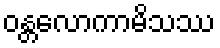
ဝန္တလောကာမိသဿ